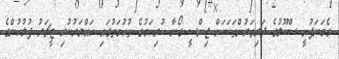
ގެމަނަފުށީ ސްކޫލުގެ ދަރިވަރުންތަކަކަށް ޖިންސީ ގޯނާ ކުރިކަމުގެ ތުހުމަތުގައި ހައްޔަރުކުރި ޓީޗަރު ފުލުހުންގެ